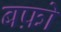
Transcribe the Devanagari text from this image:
बफ़ो